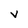
Character: V